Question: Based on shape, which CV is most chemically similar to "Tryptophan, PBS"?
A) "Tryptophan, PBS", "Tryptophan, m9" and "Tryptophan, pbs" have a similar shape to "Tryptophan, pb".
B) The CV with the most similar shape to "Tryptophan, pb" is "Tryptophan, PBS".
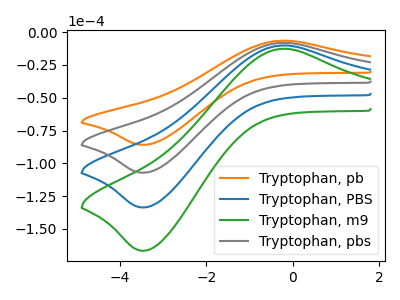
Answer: <think>The orange curve "Tryptophan, pb" has an anodic peak at (-0.20V, -6.55uA) and a cathodic peak at (-3.45V, -85.95uA). The blue curve "Tryptophan, PBS" has an anodic peak at (-0.20V, -16.30uA) and a cathodic peak at (-3.45V, -214.35uA). The green curve "Tryptophan, m9" has an anodic peak at (-0.20V, -24.50uA) and a cathodic peak at (-3.45V, -321.50uA). The gray curve "Tryptophan, pbs" has an anodic peak at (-0.20V, -8.15uA) and a cathodic peak at (-3.45V, -107.15uA).
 All the peaks in "Tryptophan, pb" have a peak in "Tryptophan, PBS" at the same potential. All the peaks in "Tryptophan, pb" have a peak in "Tryptophan, m9" at the same potential. All the peaks in "Tryptophan, pb" have a peak in "Tryptophan, pbs" at the same potential. All the peaks in "Tryptophan, PBS" have a peak in "Tryptophan, m9" at the same potential. All the peaks in "Tryptophan, PBS" have a peak in "Tryptophan, pbs" at the same potential. All the peaks in "Tryptophan, m9" have a peak in "Tryptophan, pbs" at the same potential.</think>
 <answer>A) "Tryptophan, PBS", "Tryptophan, m9" and "Tryptophan, pbs" have a similar shape to "Tryptophan, pb".</answer>
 <eval>A</eval>